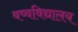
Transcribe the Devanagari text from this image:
वष्वविद्यालय